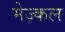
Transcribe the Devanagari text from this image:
मेज़्कल